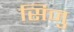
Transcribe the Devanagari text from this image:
सिजु